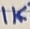
Text: 1K